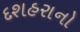
દશહરાનો